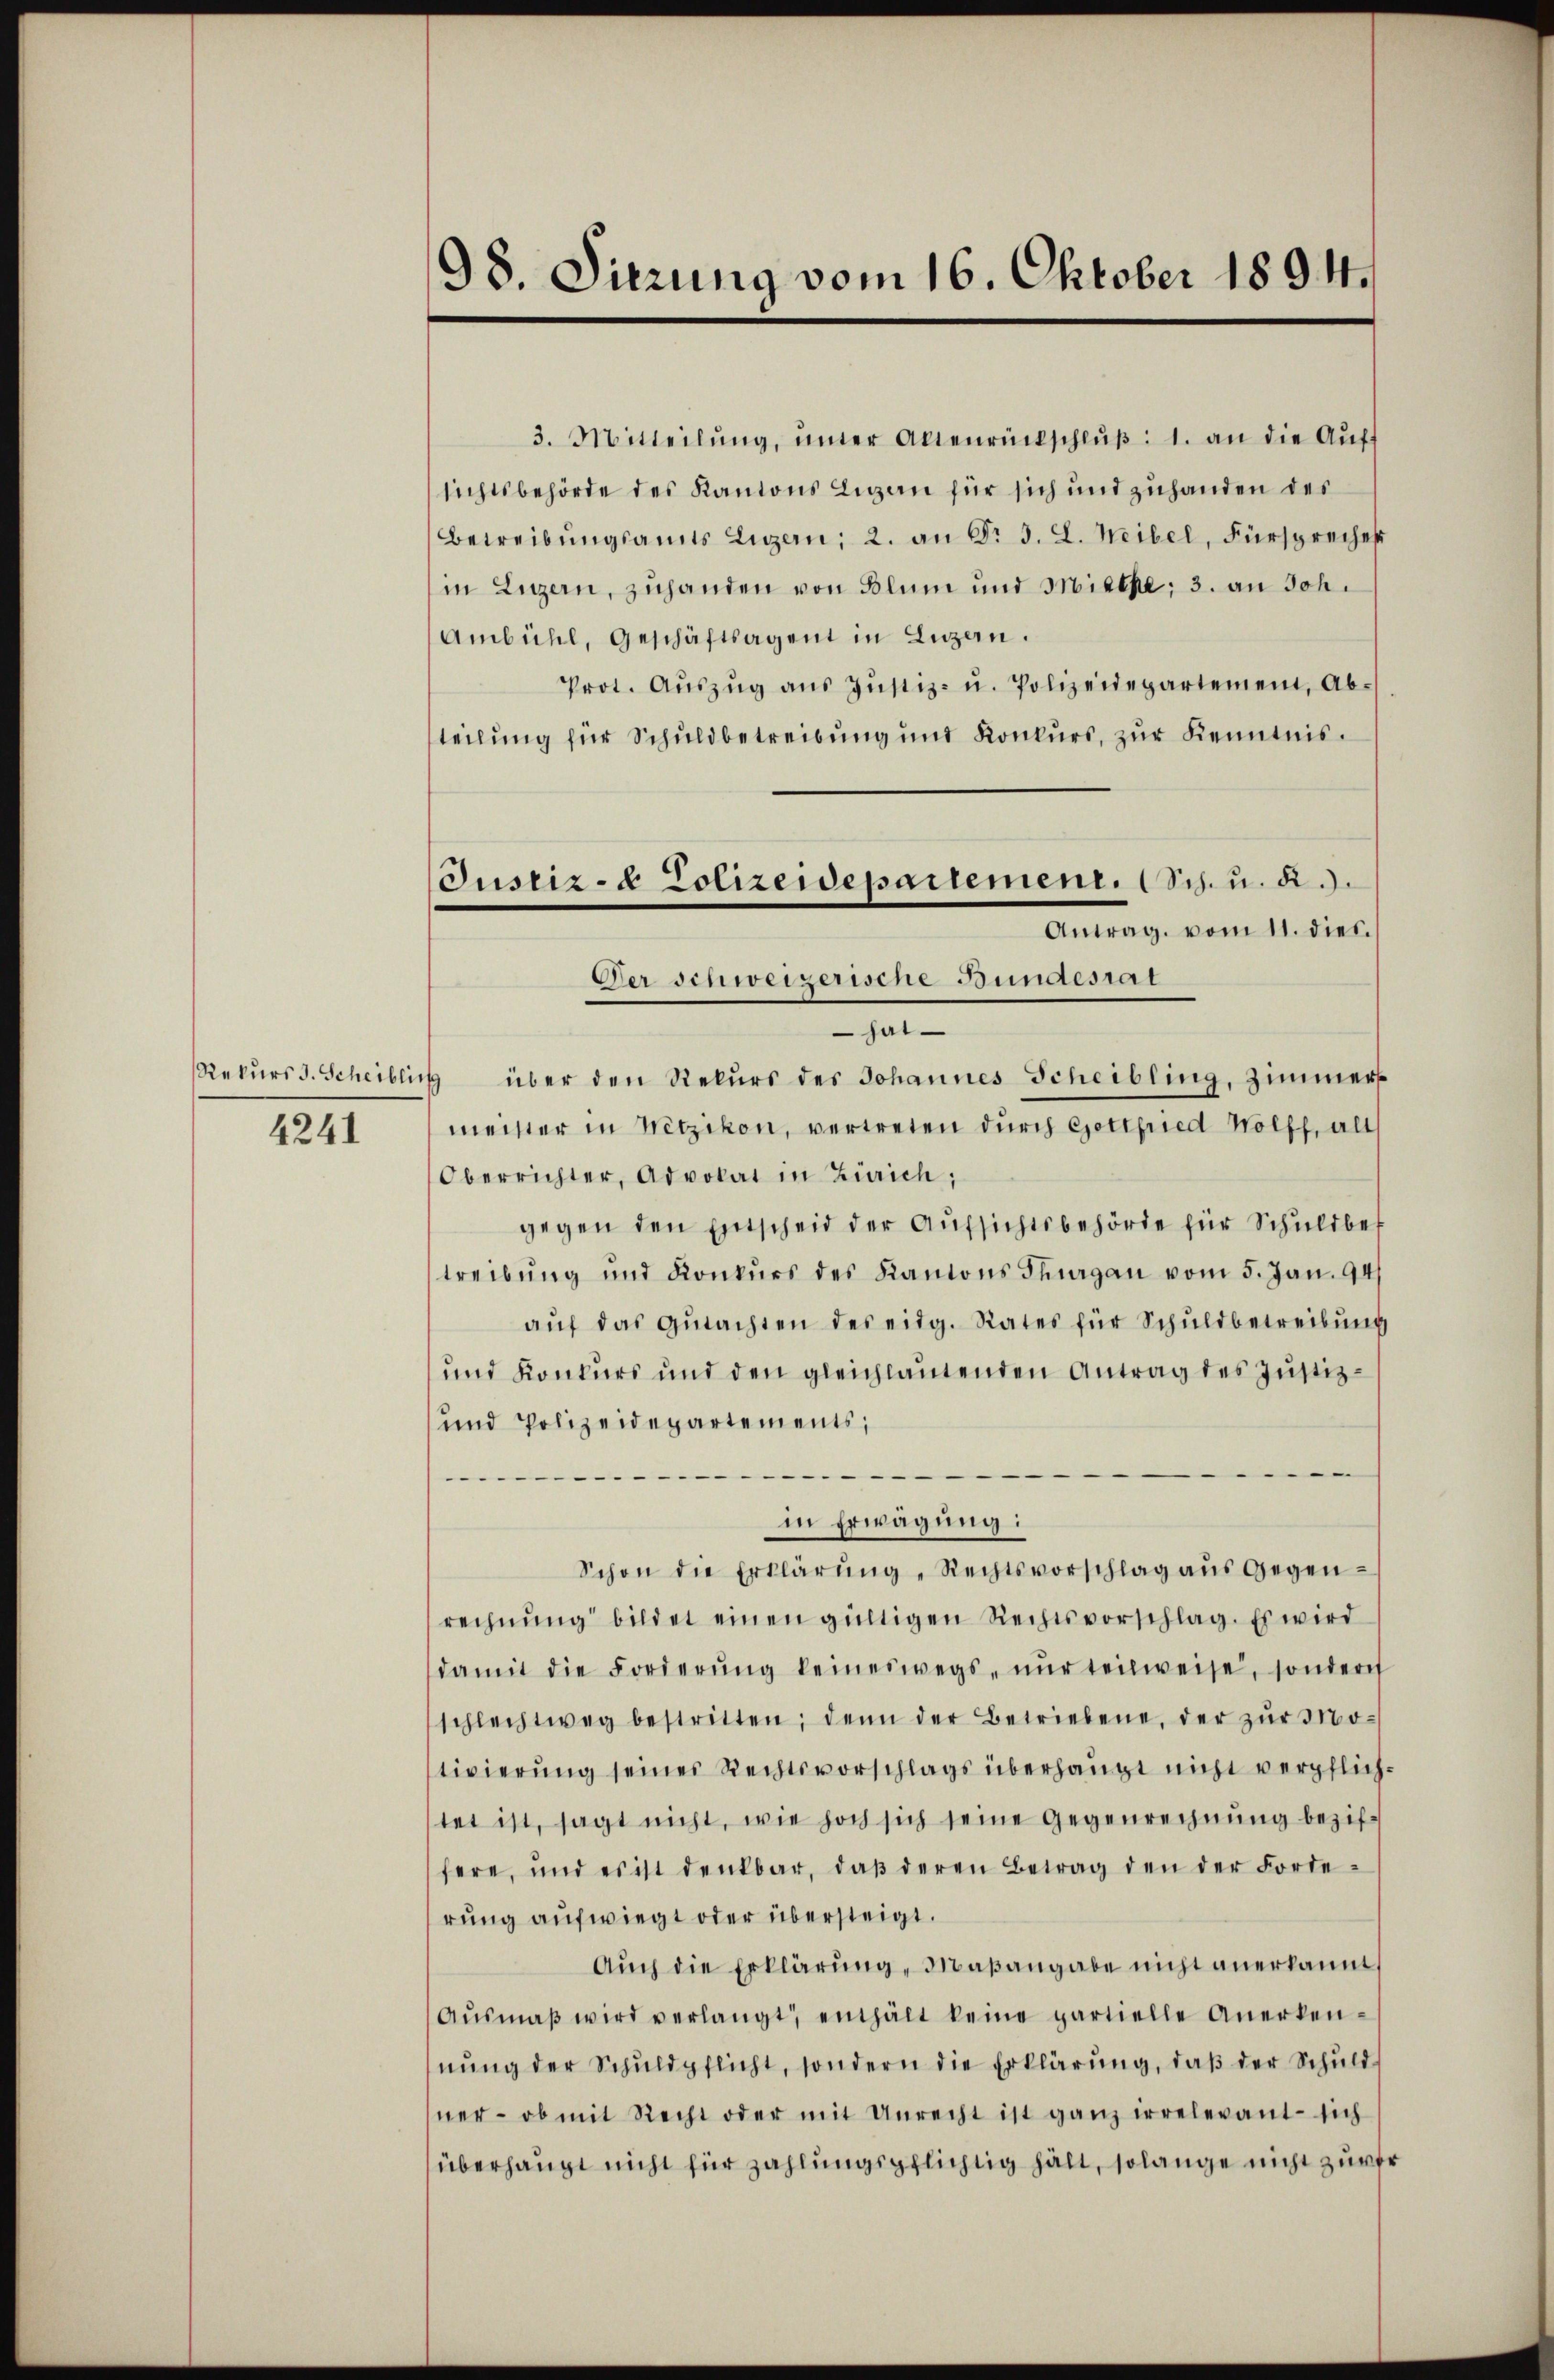
Rekurs d. Scheiblic
4241

98. Sitzung vom 16. Oktober 1894.

Justiz- & Polizeidepartement. (Sch. u. a.).
Antrag vom 11. dies
Der schweizerische Bundesrat

3. Mitteilŭng ŭnter Altenrückschlŭβ: 1. an die Aŭff
sichtsbehörde des Kantons Lugan für sich und zuhanden des
Betreibŭngsamts Luzern; 2. an Sr. 3. L. Weibel, Fürsprechen
in Luzern, zuhanden von Blum und Miethe; 3. an Joh.
Ambühl, Geschäftsagent in Luzern.
Prot. Aŭszŭg aŭs Jŭstiz- u. Polizeidepartement, Ab-
teilung für Schuldbetreibung und Konkurs, zur Kenntnis.
hat
1 über den Rekurs des Johannes Scheibling, Zimmers
meister in Wetzikon, vertreten durch Gottfried Wolff, alt
Oberrichter, Advokat in Zürich;
gegen den Entscheid der Aufsichtsbehörde für Schuldbet
treibung und Konkurs des Kantons Thurgau vom 5. Jan. 94
aŭf das Gŭtachten des eidg. Rates für Schŭldbetreibŭng
und Konkurs und den gleichlautenden Antrag des Justiz¬
und Polizeidepartements,

.
in Erwägung:
Schon die Erklärŭng Rechtsvorschlag aŭs gegenrechnŭng bildet einen gültigen Rechtsvorschlag. Es wird
damit die Forderŭng keineswegs nŭr teilweise, sondern
schlechtweg bestritten; denn der Betriebene, der zŭr Mo-
tivierung seines Rechtsvorschlags überhaupt nicht verpflich.
tet ist, sagt nicht, wie hoch sich seine Gegenrechnung beziffere, und es ist denkbar, daβ deren Betrag den der Forderung aufwiegt oder übersteigt.
Auch die Erklärung, Maßangabe nicht anerkannt
Aŭsmaβ wird verlangt, enthält keine partielle Anerken-
nŭng der Schŭldpflicht, sondern die Erklärŭng, daβ der Schŭld
ner- ob mit Recht oder mit Unrecht ist ganz irrelevant sich
überhaupt nicht für zahlungspflichtig hält, solange nicht zur